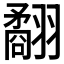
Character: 𦒑